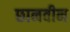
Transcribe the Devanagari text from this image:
छानवीन